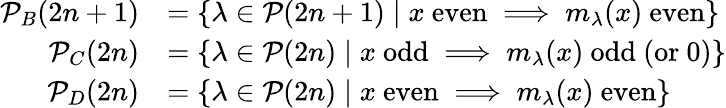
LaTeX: \begin{array}{rl}{\mathcal{P}_{B}(2n+1)}&{=\{ \lambda\in\mathcal{P}(2n+1)\mid x\mathrm{~even}\implies m_{\lambda}(x)\mathrm{~even}\} }\\ {\mathcal{P}_{C}(2n)}&{=\{ \lambda\in\mathcal{P}(2n)\mid x\mathrm{~odd}\implies m_{\lambda}(x)\mathrm{~odd~(or~0)}\} }\\ {\mathcal{P}_{D}(2n)}&{=\{ \lambda\in\mathcal{P}(2n)\mid x\mathrm{~even}\implies m_{\lambda}(x)\mathrm{~even}\} }\end{array}